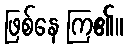
ဖြစ်နေ ကြ၏။